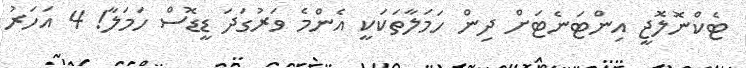
ޓެކްނޮލޮޖީ އިންޓަނެޓަށް ދިން ހަމަލާތަކަކީ އެންމެ ވަރުގަދަ ޑީޑޮސް ހަމަލާ! 4 އަހަރު